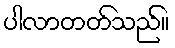
ပါလာတတ်သည်။